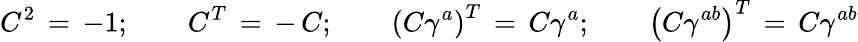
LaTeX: C^{2}\, =\, -1;\qquad C^{T}\, =\, -\, C;\qquad\left(C\gamma^{a}\right)^{T}\, =\, C\gamma^{a};\qquad\left(C\gamma^{ab}\right)^{T}\, =\, C\gamma^{ab}